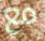
مع